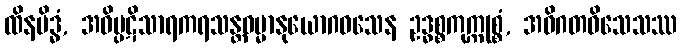
ထိနမိဒ္ဓံ, အဝိပ္ပဋိသာရကရသန္တဓမ္မာနုယောဂဝသေန ဥဒ္ဓစ္စကုက္ကုစ္စံ, အဓိဂတဝိသေသဿ